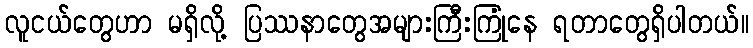
လူငယ်တွေဟာ မရှိလို့ ပြဿနာတွေအများကြီးကြုံနေ ရတာတွေရှိပါတယ်။